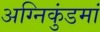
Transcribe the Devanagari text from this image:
अग्निकुंडमां